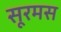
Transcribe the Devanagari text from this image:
सूरमस